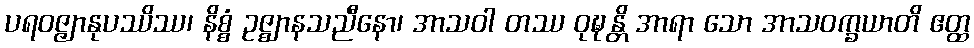
ပရဝဇ္ဇျာနုပဿိဿ၊ နိစ္စံ ဥဇ္ဈာနသညီနော၊ အာသဝါ တဿ ဝုဍ္ဎန္တိ အာရာ သော အာသဝက္ခယာတိ ဧတ္ထ